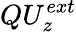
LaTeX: {Q}{U_{z}^{ext}}